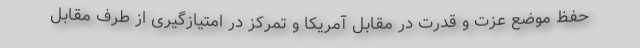
حفظ موضع عزت و قدرت در مقابل آمریکا و تمرکز در امتیازگیری از طرف مقابل